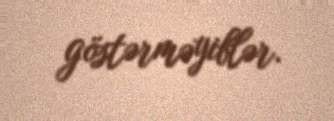
göstərməyiblər.